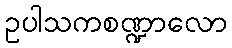
ဥပါသကစဏ္ဍာလော